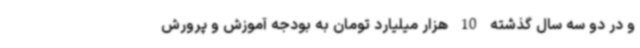
و در دو سه سال گذشته 10 هزار میلیارد تومان به بودجه آموزش و پرورش